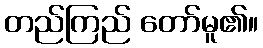
တည်ကြည် တော်မူ၏။